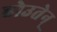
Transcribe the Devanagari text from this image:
होउतेन्